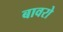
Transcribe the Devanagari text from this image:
बावरो